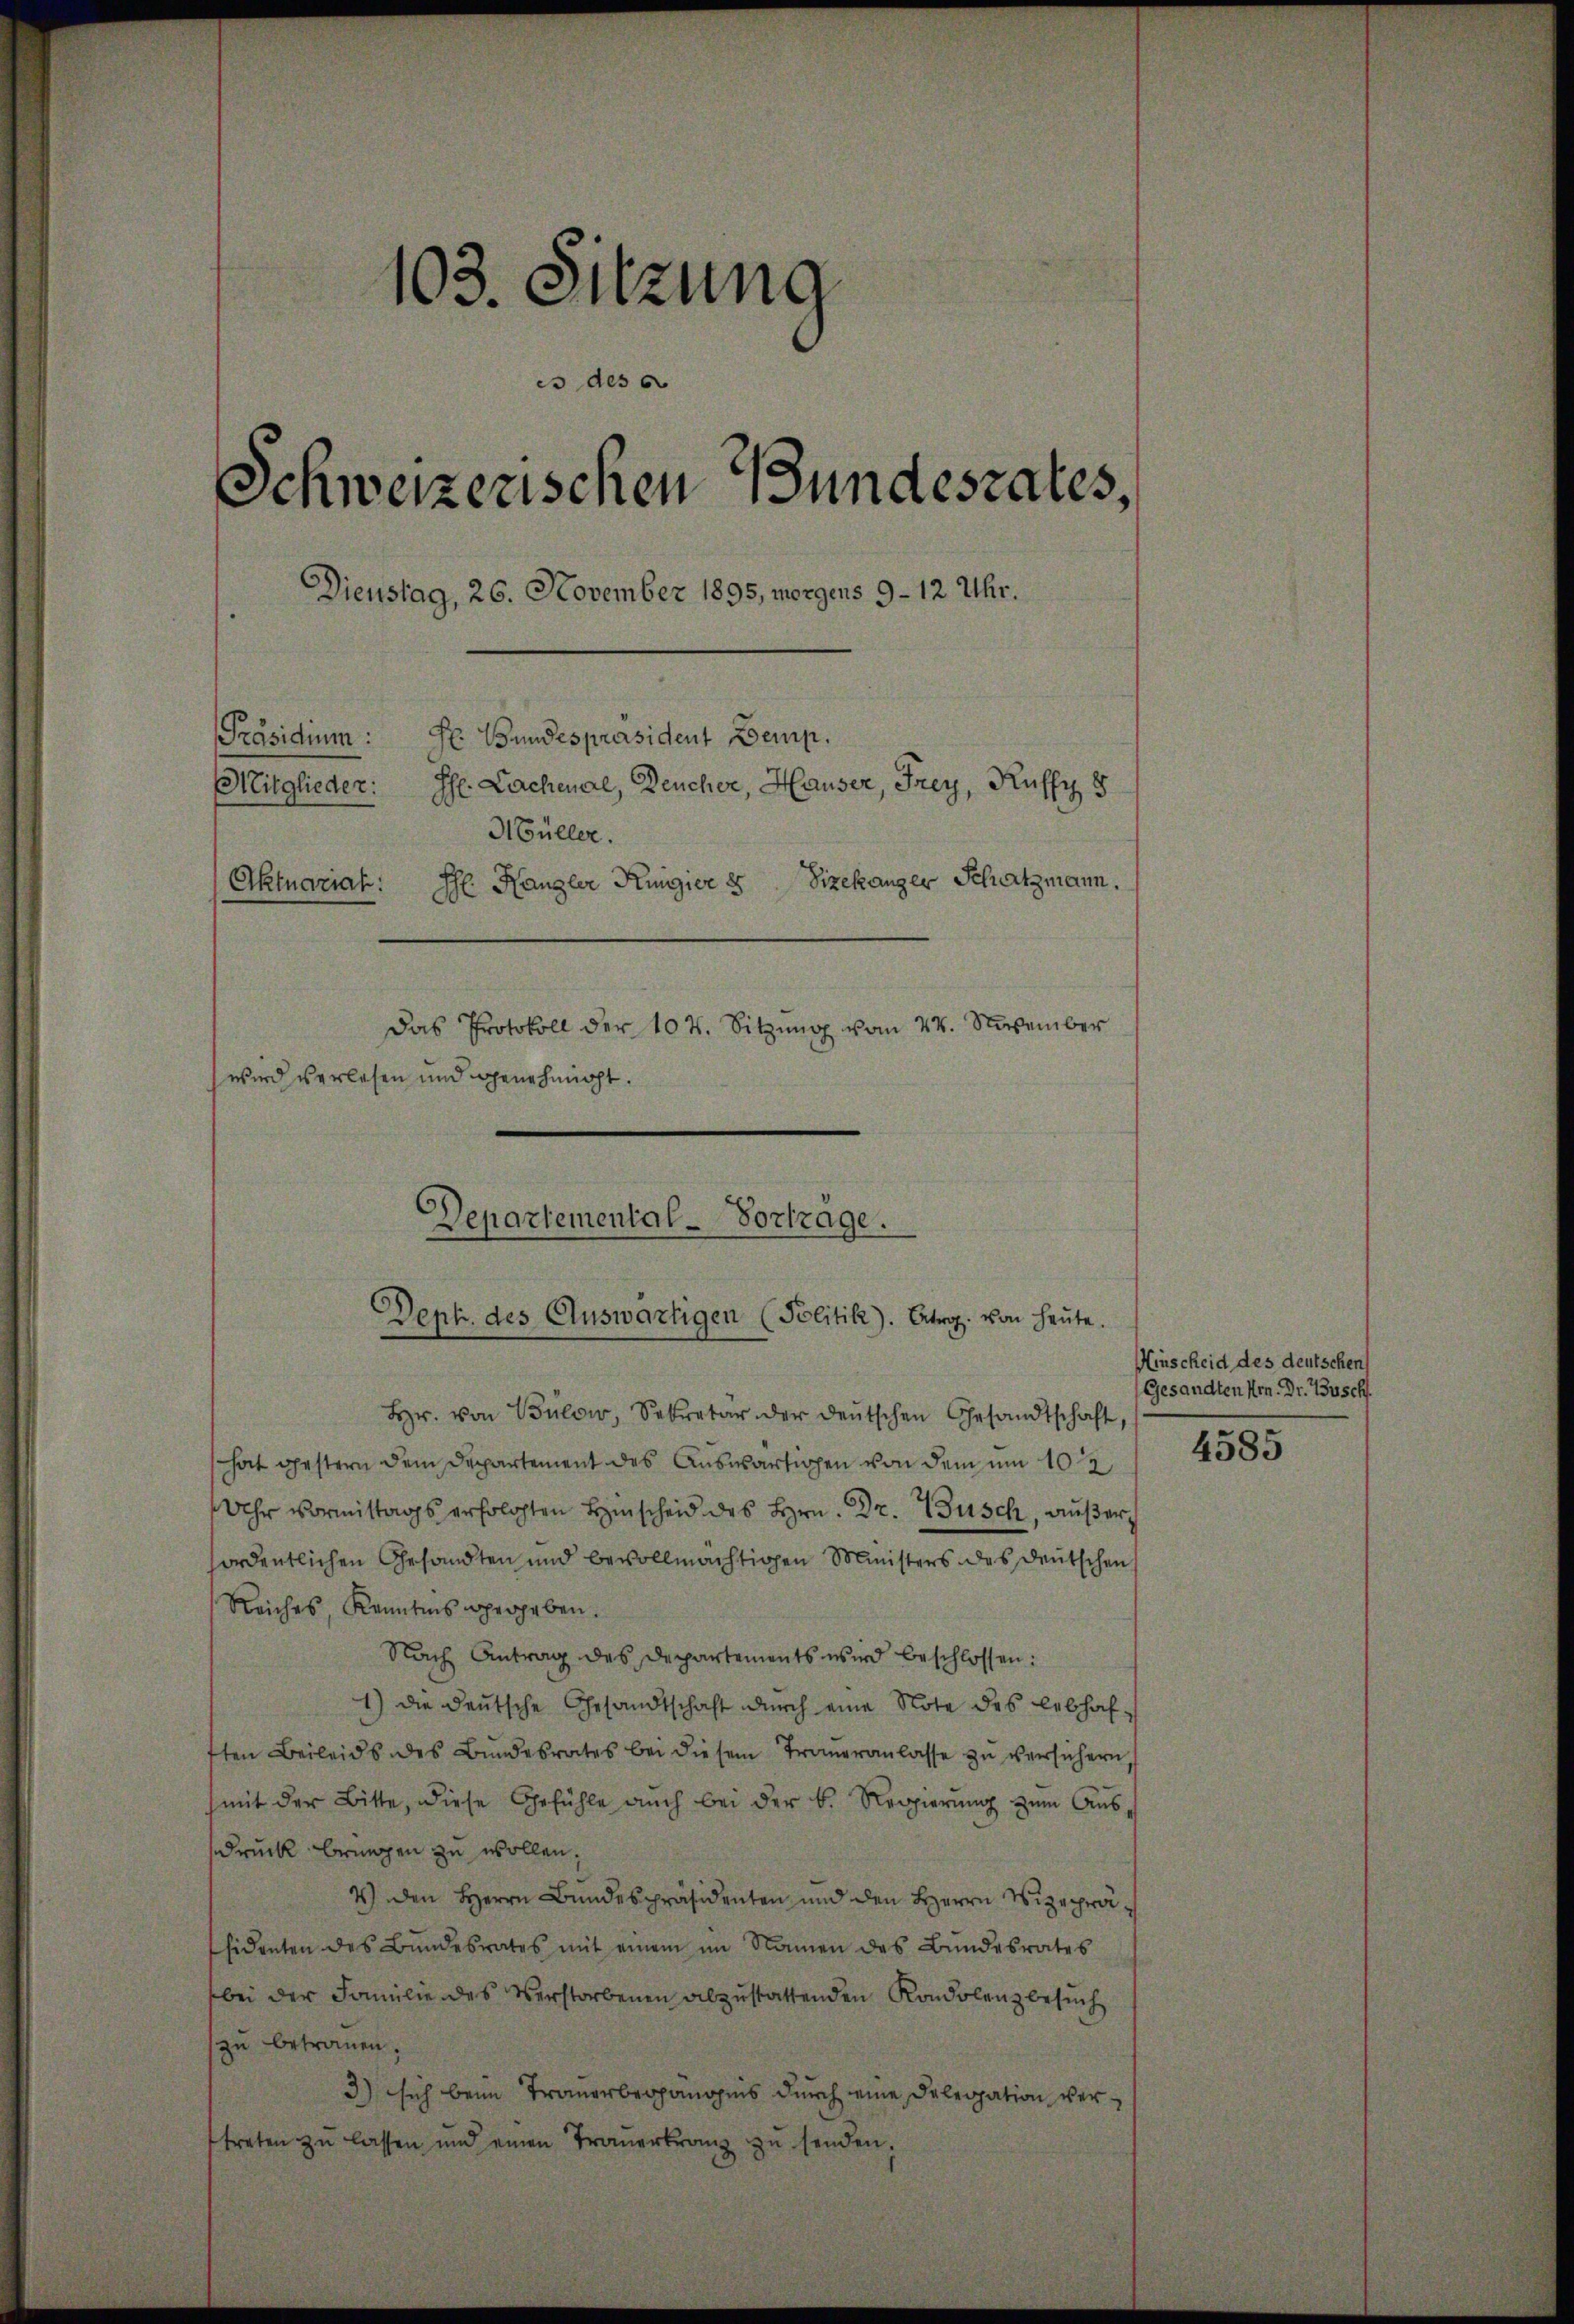
103. Sitzung
es des
Schweizerischen Bundesrates,
Dienstag, 26. November 1895, morgens 9–12 Uhr.
Hr. Bundespräsident Demp.
Präsidium:
Mitglieder:
Ph. Lachenal, Deucher, Hauser, Frey, Kuffy 8
Hüller.
Ihl Hangler Kingier 8 Sizekanger Schatzmann.
Aktuarial:
Das Protokoll der 107. Sitzŭng vom 24. November
wird verlesen und genehmigt.

Departemental-Vortrage.
Deph. des Auswärtigen (Politik). Atrg. von heŭte.

Hr. von Bülow, Sekretär der deŭtschen Gesandtschaft,
hat gestern dem Departement des Auswärtigen von dem um 10te
Uhr Vormittags erfolgten Heischeid des Hrn. Dr. Zusch, außerfordentlichen Gesandten und bevollmächtigen Ministers des deutschen
Reiches, Kenntnis vergeben.
Nach Antrag des Departements wird beschlossen:
1) die deutsche Gesandtschaft durch eine Note des lebhafften Beileids des Bŭndesrates bei diesem Traueranlasse zŭ versichern,
(mit der Bitte, diese Gefühle auch bei der B. Regierung zum Aus
druck bringen zu wollen.
4) den Herrn Bundespräsidenten und den Herrn Vizepräsidenten des Bŭndesrates mit einem im Namen des Bŭndesrates
bei der Familie des Verstorbenen abzustattenden Kondolenzbesuch
zu betrauen.
3) sich beim Trauerbegängnis durch eine Delegation vertreten zŭ lassen und einen Trauerkranz zŭ senden.

Hinscheid des deutschen
Gesandten Hrn. Dr. Busch.

4585